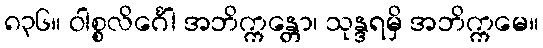
၈၃၆။ ဝါစ္စလိင်္ဂေါ အဘိက္ကန္တော၊ သုန္ဒရမှိ အဘိက္ကမေ။